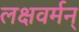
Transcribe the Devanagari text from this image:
लक्षवर्मन्‌